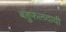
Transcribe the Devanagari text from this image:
बहुफलदायी